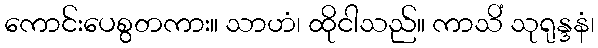
ကောင်းပေစွတကား။ သာဟံ၊ ထိုငါသည်။ ကာသိံ သုရုန္ဒနံ၊